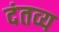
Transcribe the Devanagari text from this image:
दंतव्य